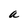
Character: a